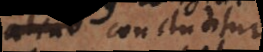
aliquo concluditur